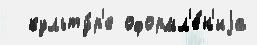
  культу́р'е оформл'е́н'иjа